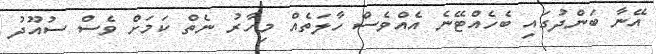
އޭނާ ބަންދުގައި ބެހެއްޓޭނެ އެއްވެސް ހާލަތެއް މިހާރު ނެތް ކަމަށް ވެސް ސުއޫދު